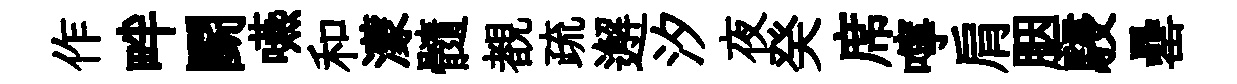
作畔鬬嚥和濛髓覩疏邂汐夜癸席嚀肩胭駸罍